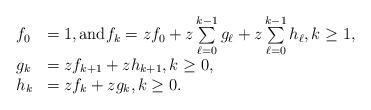
LaTeX: \begin{align*}\begin{array}{ll}f_0&=1,\mbox{and}f_k=zf_0+z\sum\limits_{\ell=0}^{k-1} g_\ell +z\sum\limits_{\ell=0}^{k-1} h_\ell, k\geq 1,\\g_k&=z f_{k+1}+zh_{k+1},k\geq 0,\\h_k&=zf_k+zg_k,k\geq 0.\end{array}\end{align*}